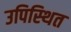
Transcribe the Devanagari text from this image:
उपिस्‍थित